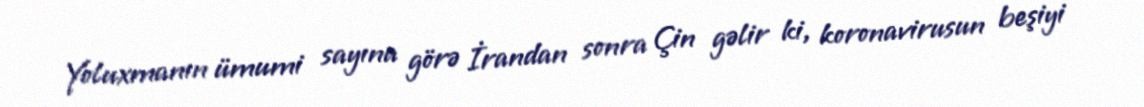
Yoluxmanın ümumi sayına görə İrandan sonra Çin gəlir ki, koronavirusun beşiyi